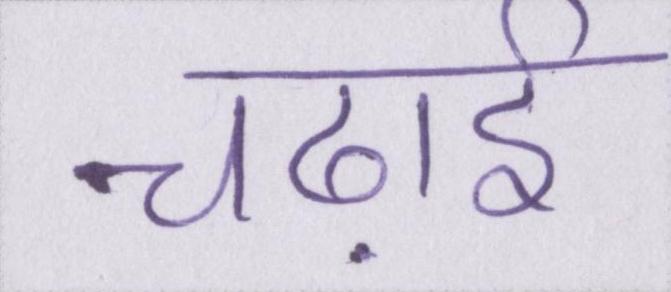
चढ़ाई